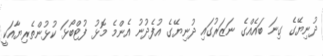
ދުނިޔޭގެ ގިނަ ބައެއްގެ ނަޒަރުގައި ދުނިޔޭގެ އުފެދުނު އެންމެ މޮޅު ފުޓްބޯޅަ ކުޅުންތެރިޔާއަކީ